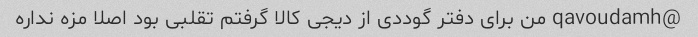
@qavoudamh من برای دفتر گوددی از دیجی کالا گرفتم تقلبی بود اصلا مزه نداره